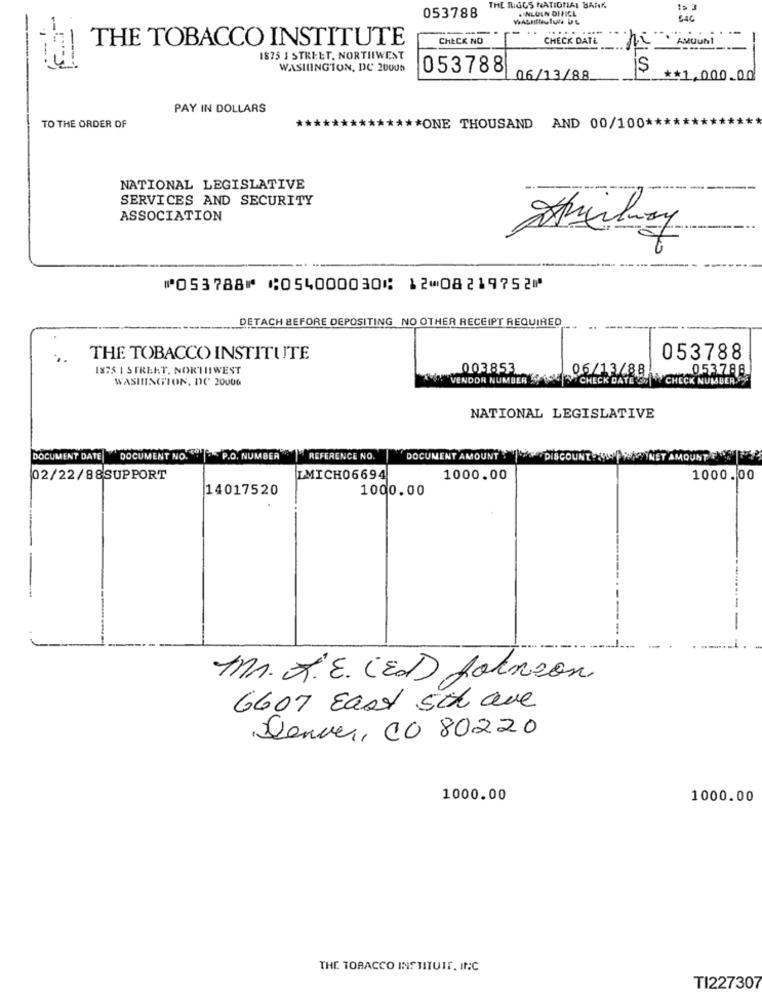
THE RIGGS NATIONAL BANK.
.INLUIN OFFICE
053788
THE TOBACCO INSTITUTE
CHECK NO
CHECK DATE
1875 J STREET, NORTHWEST
WASHINGTON, DC 20005
053788
06/13/88
** 1.000.00
PAY IN DOLLARS
TO THE ORDER OF
************* ONE THOUSAND AND 00/100 ****
NATIONAL LEGISLATIVE
SERVICES AND SECURITY
ASSOCIATION
⑈053788⑈ ⑆054000030⑆ 12⑉08219752⑈
DETACH BEFORE DEPOSITING NO OTHER RECEIPT REQUIRED
THE TOBACCO INSTITUTE
053788
1875 | STREET, NORTHWEST
003853
06/13/88
053788
WASHINGTON, DC 20006
VENDOR NUMBER ( SOLS CHECK DATE
CHECK NUMBER
NATIONAL LEGISLATIVE
DOCUMENT DATE
DOCUMENT NO. P.O. NUMBER
REFERENCE NO.
DOCUMENT AMOUNT: DISCOUNT
02/22/88SUPPORT
IMICH06694
1000.00
1000.00
14017520
1000.00
Mr. R.E. (ED) Johnson
6607 East 5th ave
Denver, CO 80220
1000.00
1000.00
THE TOBACCO INSTITUIR, INC
TI227307